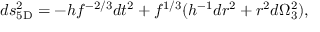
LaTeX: d s _ { \mathrm { 5 D } } ^ { 2 } = - h f ^ { - 2 / 3 } d t ^ { 2 } + f ^ { 1 / 3 } ( h ^ { - 1 } d r ^ { 2 } + r ^ { 2 } d \Omega _ { 3 } ^ { 2 } ) ,